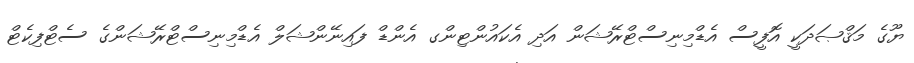
ޔޫގެ މަޤްޞަދަކީ އޮފީސް އެޑްމިނިސްޓްރޭޝަން އަދި އެކައުންޓިންގ އެންޑް ފައިނޭންޝަލް އެޑްމިނިސްޓްރޭޝަންގެ ސެޓްފިކެޓް